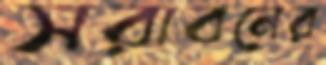
সরাবনের